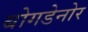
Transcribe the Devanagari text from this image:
बोगडेनोर